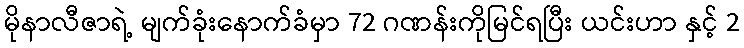
မိုနာလီဇာရဲ့ မျက်ခုံးနောက်ခံမှာ 72 ဂဏန်းကိုမြင်ရပြီး ယင်းဟာ နှင့် 2